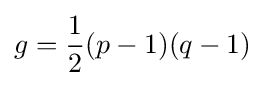
g={\frac {1}{2}}(p-1)(q-1)